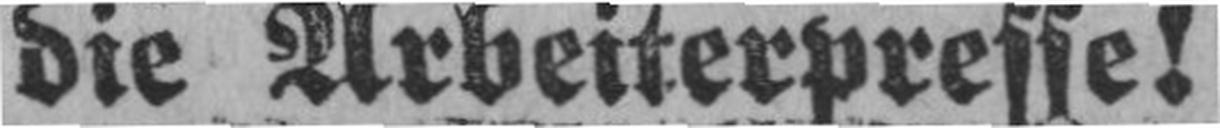
die Arbeiterpresse!